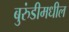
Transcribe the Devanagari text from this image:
बुरुंडीमधील